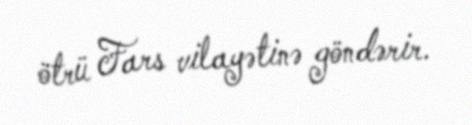
ötrü Fars vilayətinə göndərir.